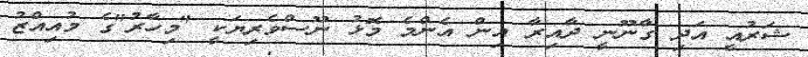
ޝަރުއީ އަދި ގާނޫނީ ދާއިރާ އިން އެންމެ މޮޅު ނޫސްވެރިޔަކީ "މިހާރު"ގެ މުއިއްޒު